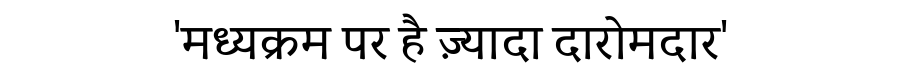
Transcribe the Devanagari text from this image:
'मध्यक्रम पर है ज़्यादा दारोमदार'